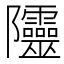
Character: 𨽲